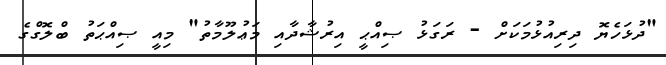
"ދުޅަހެޔޮ ދިރިއުޅުމަކަށް - ރަގަޅު ޞިއްޙީ އިރުޝާދާއި މަޢުލޫމާތު" މިއީ ޞިއްޙަތު ބްލޮގްގެ